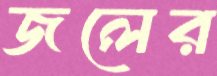
জলের